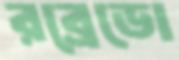
রব্রেডো